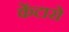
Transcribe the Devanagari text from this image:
केंटारो